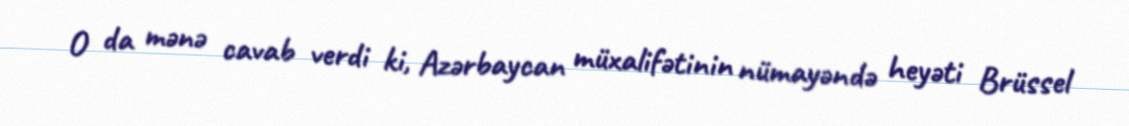
O da mənə cavab verdi ki, Azərbaycan müxalifətinin nümayəndə heyəti Brüssel